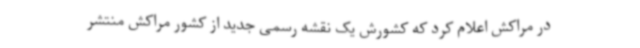
در مراکش اعلام کرد که کشورش یک نقشه رسمی جدید از کشور مراکش منتشر